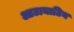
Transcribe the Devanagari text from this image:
आटानाटिय